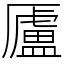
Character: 𠫂